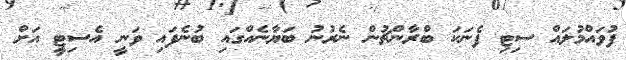
ފުވައްމުލައް ސިޓި ފެނަކަ ބްރާންޗުން ނެރުނު ބަޔާނެއްގައި ބުނެފައި ވަނީ އެެސިޓިީ އަށް